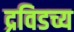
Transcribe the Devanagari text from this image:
द्रविडच्य